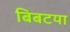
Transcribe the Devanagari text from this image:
बिबटया